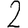
Digit: 2